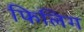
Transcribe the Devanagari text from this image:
फिलिग